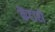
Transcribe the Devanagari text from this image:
केंटारो